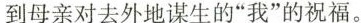
到母亲对去外地谋生的"我”的祝福。